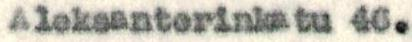
Aleksanterinkatu 46.